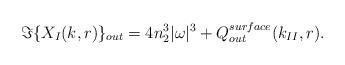
LaTeX: \begin{align*}\Im\{ X_I(k,r) \}_{out}= 4 n_2^3 |\omega|^3 + Q_{out}^{surface}(k_{II},r).\end{align*}